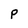
Character: P